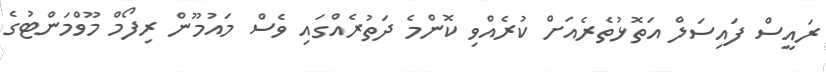
ރައީސް ފައިސަލް އަތޮޅުތެރެއަށް ކުރެއްވި ކޮންމެ ދަތުރެއްގައި ވެސް މައުމޫން ރިފޯމް މޫވްމަންޓުގެ